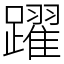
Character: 躍